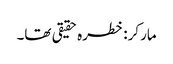
مارکر: خطرہ حقیقی تھا۔